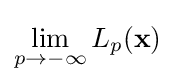
\lim _{p\to -\infty }L_{p}(\mathbf {x} )